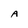
Character: A